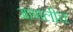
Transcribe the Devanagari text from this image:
आणलीच